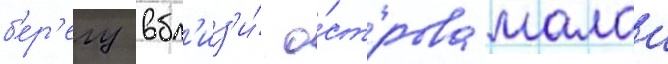
б'ер'егу вбл'из'и́ о́строва малои